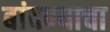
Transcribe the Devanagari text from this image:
बांदण्याचा